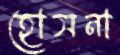
হোসনা